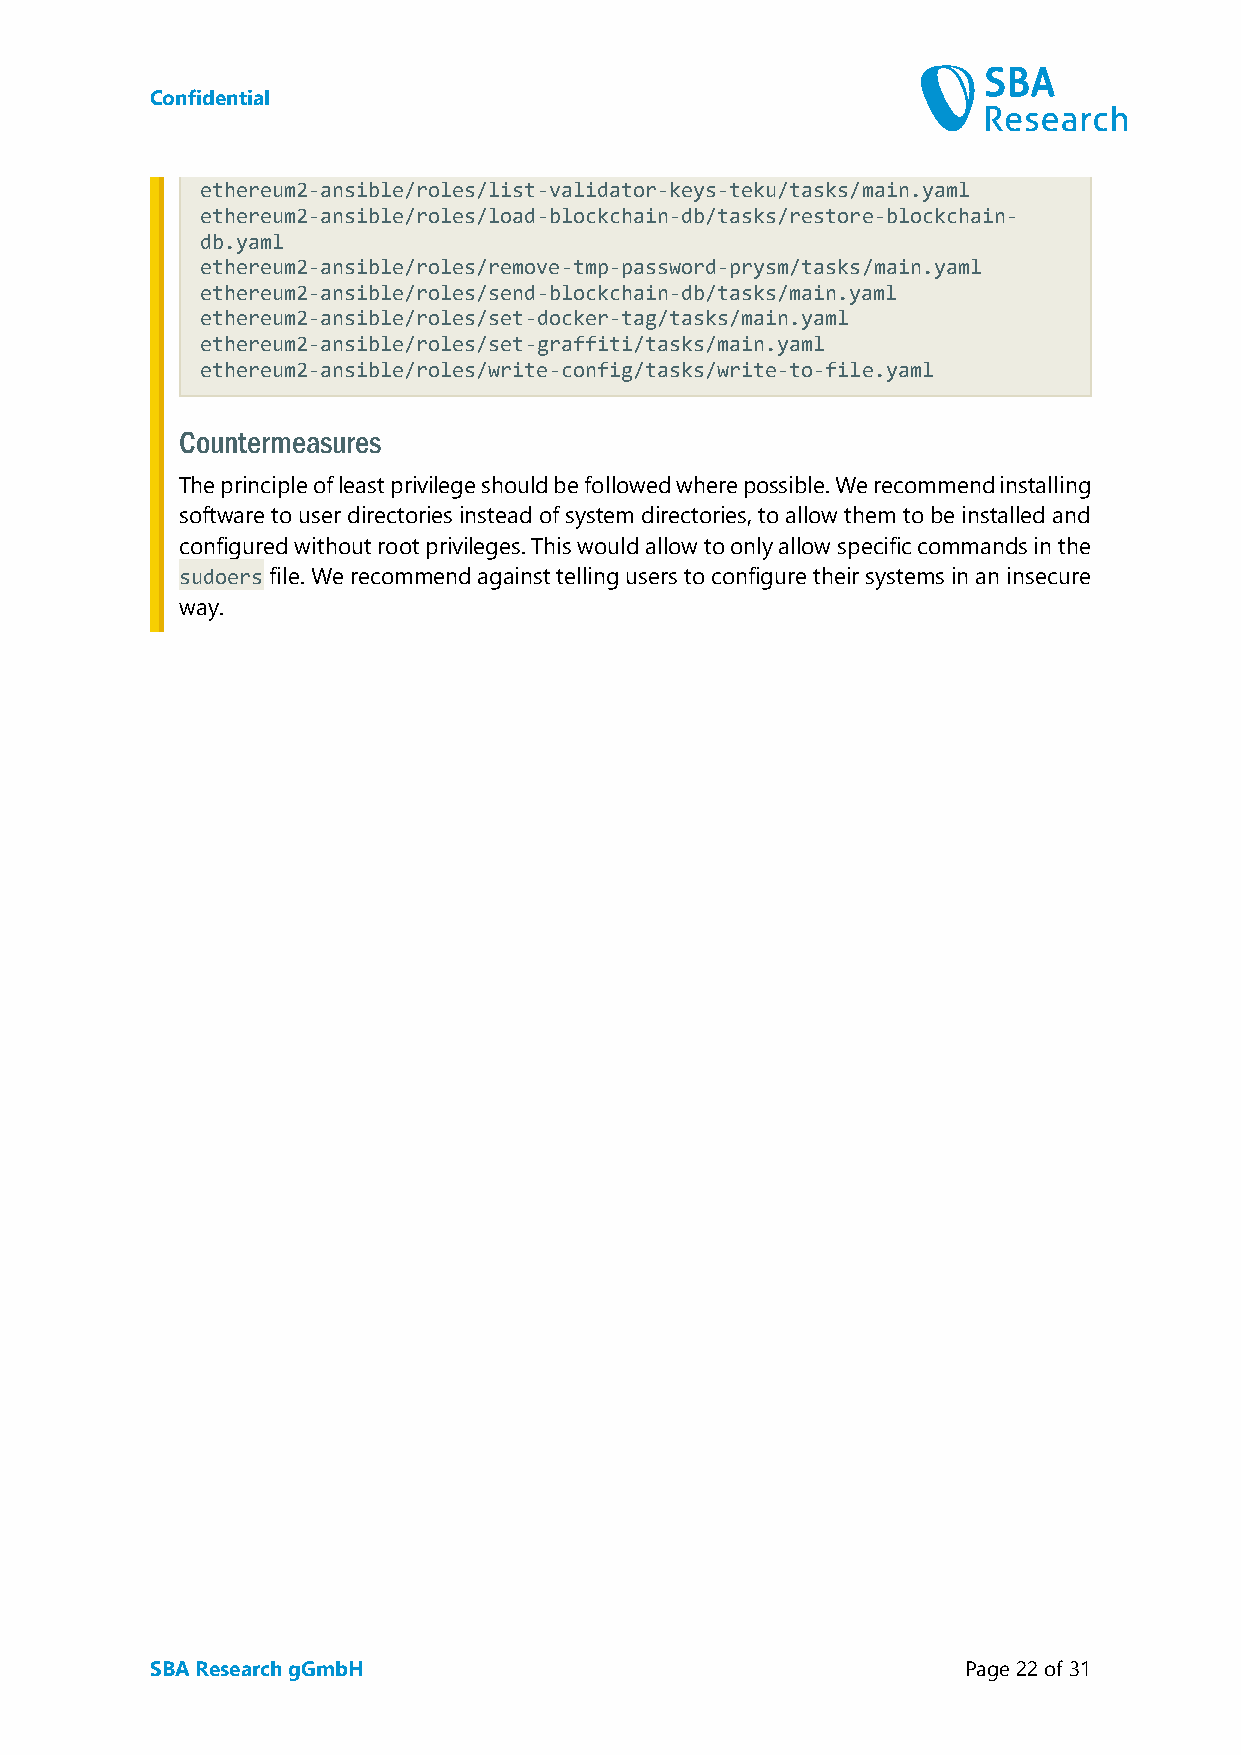
Confidential
 ethereum2-ansible/roles/list-validator-keys-teku/tasks/main.yaml
 ethereum2-ansible/roles/load-blockchain-db/tasks/restore-blockchain-
 db.yaml
 ethereum2-ansible/roles/remove-tmp-password-prysm/tasks/main.yaml
 ethereum2-ansible/roles/send-blockchain-db/tasks/main.yaml
 ethereum2-ansible/roles/set-docker-tag/tasks/main.yaml
 ethereum2-ansible/roles/set-graffiti/tasks/main.yaml
 ethereum2-ansible/roles/write-config/tasks/write-to-file.yaml
 Countermeasures
 The principle of least privilege should be followed where possible. We recommend installing
 software to user directories instead of system directories, to allow them to be installed and
 configured without root privileges. This would allow to only allow specific commands in the
 sudoers file. We recommend against telling users to configure their systems in an insecure
 way.
 SBA Research gGmbH                                    Page 22 of 31